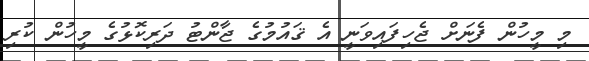
މި މީހުން ފެނަށް ޖެހިފައިވަނީ އެ ޤައުމުގެ ޖާންޓު ދަރިކޮޅުގެ މީހުން ކުރި